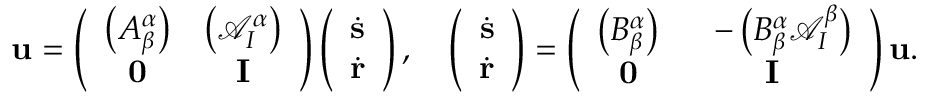
\mathbf { u } = \left( \begin{array} { c c } { \left( A _ { \beta } ^ { \alpha } \right) } & { \left( \mathcal { A } _ { I } ^ { \alpha } \right) } \\ { \mathbf { 0 } } & { \mathbf { I } } \end{array} \right) \left( \begin{array} { c } { \dot { \mathbf { s } } } \\ { \dot { \mathbf { r } } } \end{array} \right) , \ \ \ \left( \begin{array} { c } { \dot { \mathbf { s } } } \\ { \dot { \mathbf { r } } } \end{array} \right) = \left( \begin{array} { c c } { \left( B _ { \beta } ^ { \alpha } \right) } & { \ \ - \left( B _ { \beta } ^ { \alpha } \mathcal { A } _ { I } ^ { \beta } \right) } \\ { \mathbf { 0 } } & { \mathbf { I } } \end{array} \right) \mathbf { u } .